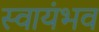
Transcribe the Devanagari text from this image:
स्वायंभव